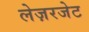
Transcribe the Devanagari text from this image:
लेज़रजेट